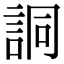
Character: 詷